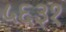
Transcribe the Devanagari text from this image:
५६३१